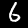
Digit: 6